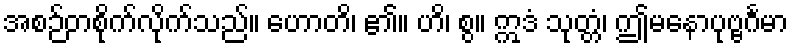
အစဉ်တစိုက်လိုက်သည်။ ဟောတိ၊ ၏။ ဟိ၊ စွ။ ဣဒံ သုတ္တံ၊ ဤမနောပုဗ္ဗင်္ဂမာ